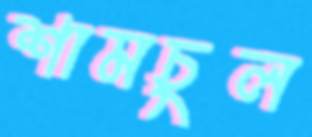
শামচুল